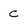
Character: C